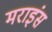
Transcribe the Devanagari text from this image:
मराइंस